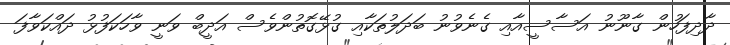
ދާދިފަހުން ގާނޫނު އަސާސީއާއި ގެނެވުނު ބަދަލުތަކާއި ގުޅޭގޮތުންވެސް އަދީބް ވަނީ ވާހަކަފުޅު ދައްކަވާފަ